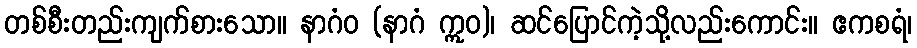
တစ်စီးတည်းကျက်စားသော။ နာဂံဝ (နာဂံ ဣဝ)၊ ဆင်ပြောင်ကဲ့သို့လည်းကောင်း။ ဧကစရံ၊